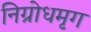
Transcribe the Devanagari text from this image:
निग्रोधमृग